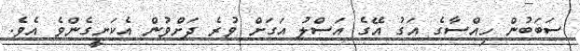
ސަބަބުން ހިއްސާގެ އަގު އޭގެ އަސްލު އަގަށް ވުރެ ދަށްވުން އެކަށީގެންވެ އެވެ.